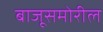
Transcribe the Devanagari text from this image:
बाजूसमोरील